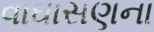
વાઘાસણના